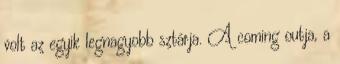
volt az egyik legnagyobb sztárja. A coming outja, a